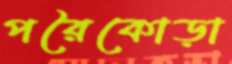
পরৈকোড়া